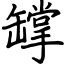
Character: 罉